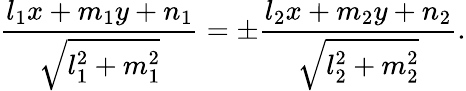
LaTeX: {\frac{l_{1}x+m_{1}y+n_{1}}{\sqrt{l_{1}^{2}+m_{1}^{2}}}}=\pm{\frac{l_{2}x+m_{2}y+n_{2}}{\sqrt{l_{2}^{2}+m_{2}^{2}}}}.